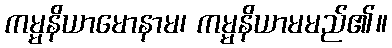
ကမ္မနိယာမောနာမ၊ ကမ္မနိယာမမည်၏။